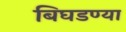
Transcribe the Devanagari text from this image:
बिघडण्या